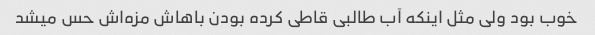
خوب بود ولی مثل اینکه آب طالبی قاطی کرده بودن باهاش مزه‌اش حس میشد